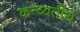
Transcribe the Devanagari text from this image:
कन्व्यतीर्थ